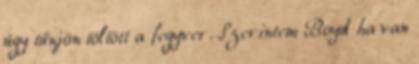
úgy tűnjön töltött a fegyver. Szerintem Boyd ha van